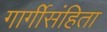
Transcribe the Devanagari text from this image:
गार्गीसंहिता